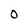
Character: O